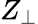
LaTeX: Z_{\bot}